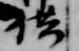
供